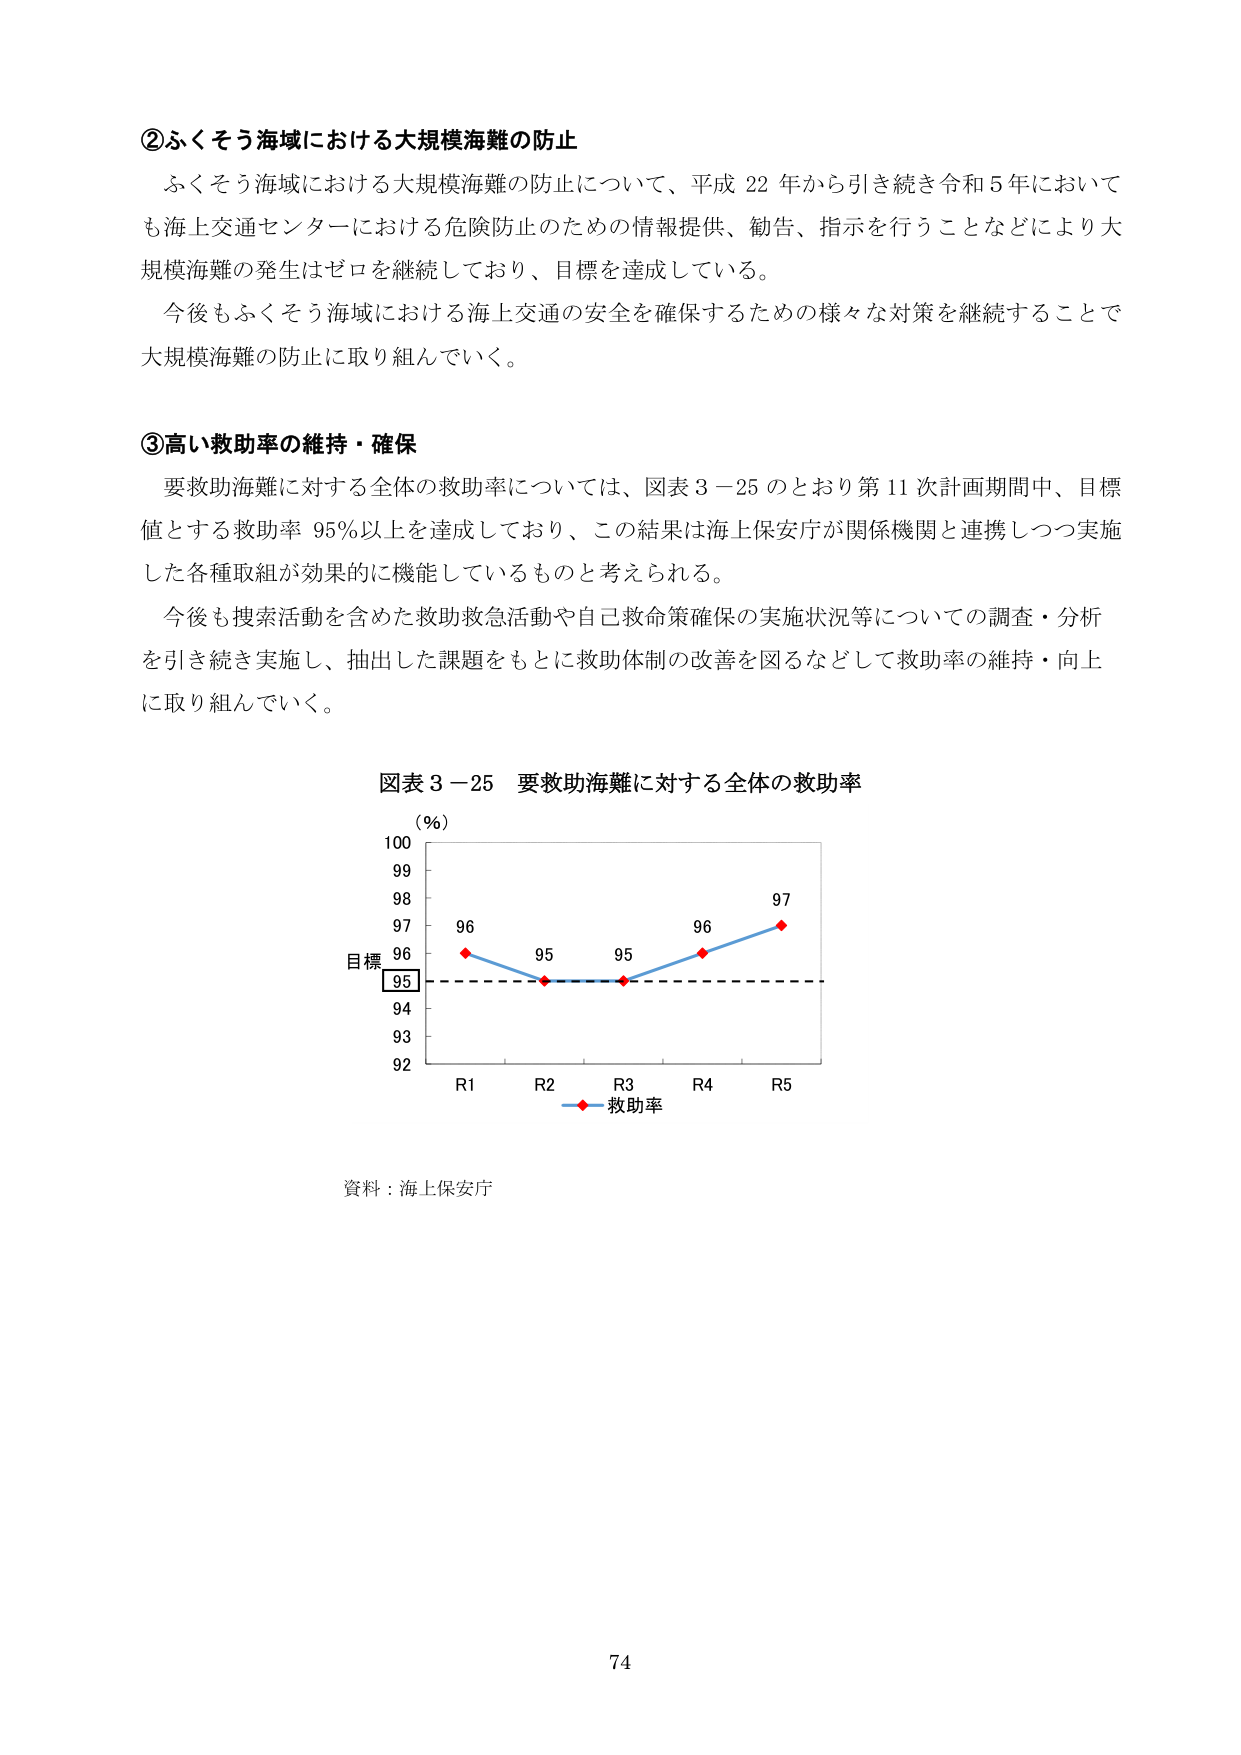
②ふくそう海域における大規模海難の防止
ふくそう海域における大規模海難の防止について、平成22年から引き続き令和5年においても海上交通センターにおける危険防止のための情報提供、勧告、指示を行うことなどにより大規模海難の発生はゼロを継続しており、目標を達成している。
今後もふくそう海域における海上交通の安全を確保するための様々な対策を継続することで大規模海難の防止に取り組んでいく。

③高い救助率の維持・確保
要救助海難に対する全体の救助率については、図表3-25のとおり第11次計画期間中、目標値とする救助率95％以上を達成しており、この結果は海上保安庁が関係機関と連携しつつ実施した各種取組が効果的に機能しているものと考えられる。
今後も捜索活動を含めた救助救急活動や自己救命策確保の実施状況等についての調査・分析を引き続き実施し、抽出した課題をもとに救助体制の改善を図るなどして救助率の維持・向上に取り組んでいく。

図表3-25 要救助海難に対する全体の救助率
(%)
100
99
98
97
96
95
94
93
92
目標
95
R1　R2　R3　R4　R5
救助率
資料：海上保安庁
74